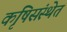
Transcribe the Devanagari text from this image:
कृषिसंस्थेत